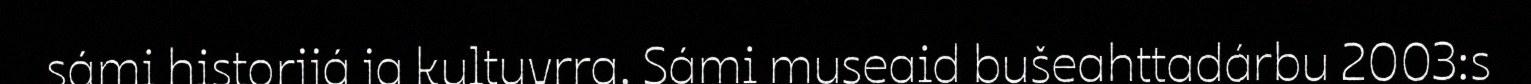
sámi historjjá ja kultuvrra. Sámi museaid bušeahttadárbu 2003:s